Report on the lunatic asylums under the Government of Bombay - 1904-1913
Year: 1904
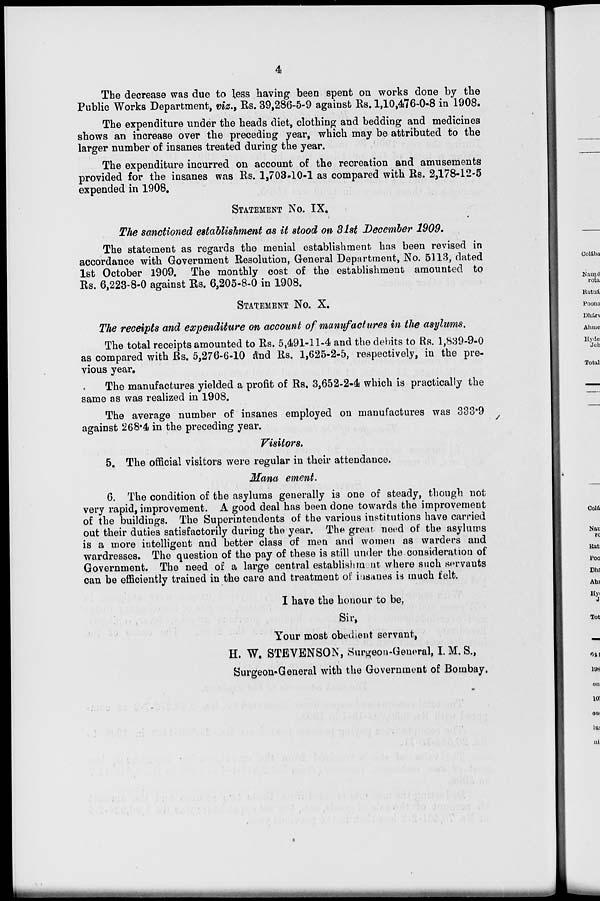
4
The decrease was due to less having been spent on works done by the
Public Works Department, viz., Rs. 39,286-5-9 against Rs. 1,10,476-0-8 in 1908.
The expenditure under the heads diet, clothing and bedding and medicines
shows an increase over the preceding year, which may be attributed to the
larger number of insanes treated during the year.
The expenditure incurred on account of the recreation and amusements
provided for the insanes was Rs. 1,703-10-1 as compared with Rs. 2,178-12-5
expended in 1908.
STATEMENT No. IX.
The sanctioned establishment as it stood on 31st December 1909.
The statement as regards the menial establishment has been revised in
accordance with Government Resolution, General Department, No. 5113, dated
1st October 1909. The monthly cost of the establishment amounted to
Rs. 6,223-8-0 against Rs. 6,205-8-0 in 1908.
STATEMENT No. X.
The receipts and expenditure on account of manufactures in the asylums.
The total receipts amounted to Rs. 5,491-11-4 and the debits to Rs. 1,839-9-0
as compared with Rs. 5,276-6-10 and Rs. 1,625-2-5, respectively, in the pre-
vious year.
The manufactures yielded a profit of Rs. 3,652-2-4 which is practically the
same as was realized in 1908.
The average number of insanes employed on manufactures was 333.9
against 268.4 in the preceding year.
Visitors.
5. The official visitors were regular in their attendance.
Management.
6. The condition of the asylums generally is one of steady, though not
very rapid, improvement. A good deal has been done towards the improvement
of the buildings. The Superintendents of the various institutions have carried
out their duties satisfactorily during the year. The great need of the asylums
is a more intelligent and better class of men and women as warders and
wardresses. The question of the pay of these is still under the consideration of
Government. The need of a large central establishment where such servants
can be efficiently trained in the care and treatment of insanes is much felt.
I have the honour to be,
Sir,
Your most obedient servant,
H. W. STEVENSON, Surgeon-General, I. M. S.,
Surgeon-General with the Government of Bombay.